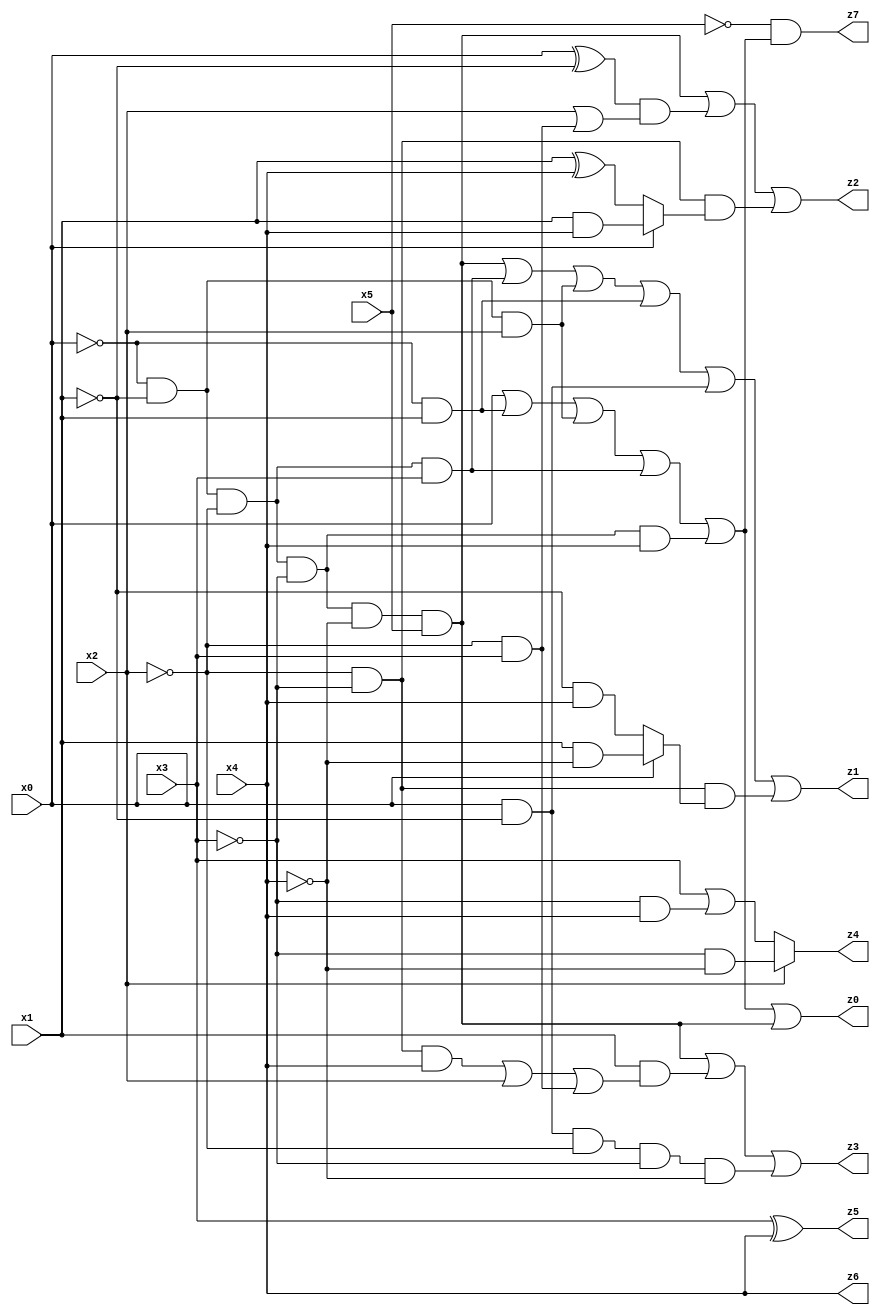
// Benchmark "X_3" written by ABC on Wed Jun 07 00:27:28 2023

module X_15 ( 
    x0, x1, x2, x3, x4, x5,
    z0, z1, z2, z3, z4, z5, z6, z7  );
  input  x0, x1, x2, x3, x4, x5;
  output z0, z1, z2, z3, z4, z5, z6, z7;
  assign z0 = x0 | (~x0 & x1) | (~x0 & ~x1 & x2) | (~x0 & ~x1 & ~x2 & x3) | (~x0 & ~x1 & ~x2 & ~x3 & x4) | (~x0 & ~x1 & ~x2 & ~x3 & ~x4 & x5);
  assign z1 = (~x0 & ~x1 & ~x2 & ~x3 & ~x4 & x5) | (~x0 & ~x1 & ~x2 & x3) | (~x0 & ~x1 & x2) | (~x0 & x1) | (x0 & ~x1) | (~x2 & ~x3 & (x0 ? (x1 & ~x4) : (~x1 & x4)));
  assign z2 = (~x0 & ~x1 & ~x2 & ~x3 & ~x4 & x5) | ((x0 ^ ~x1) & (x2 | (~x2 & x3))) | (~x2 & ~x3 & (x0 ? (x1 & x4) : (x1 ^ x4)));
  assign z3 = (~x0 & ~x1 & ~x2 & ~x3 & ~x4 & x5) | (x1 & ((~x2 & ~x3 & x4) | x2 | (~x2 & x3))) | (x0 & ~x1 & ~x2 & ~x3 & ~x4);
  assign z4 = x2 ? (~x3 & ~x4) : (x3 | (~x3 & x4));
  assign z5 = x3 ^ x4;
  assign z6 = x4;
  assign z7 = ~x5 & (x0 | (~x0 & x1) | (~x0 & ~x1 & x2) | (~x0 & ~x1 & ~x2 & x3) | (~x0 & ~x1 & ~x2 & ~x3 & x4));
endmodule